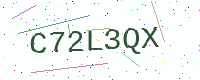
Text: C72L3QX